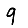
Digit: 9